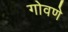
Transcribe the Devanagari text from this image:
गोवणे